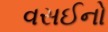
વસઈનો